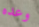
وعده